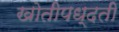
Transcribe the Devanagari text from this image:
खोतीपध्दती